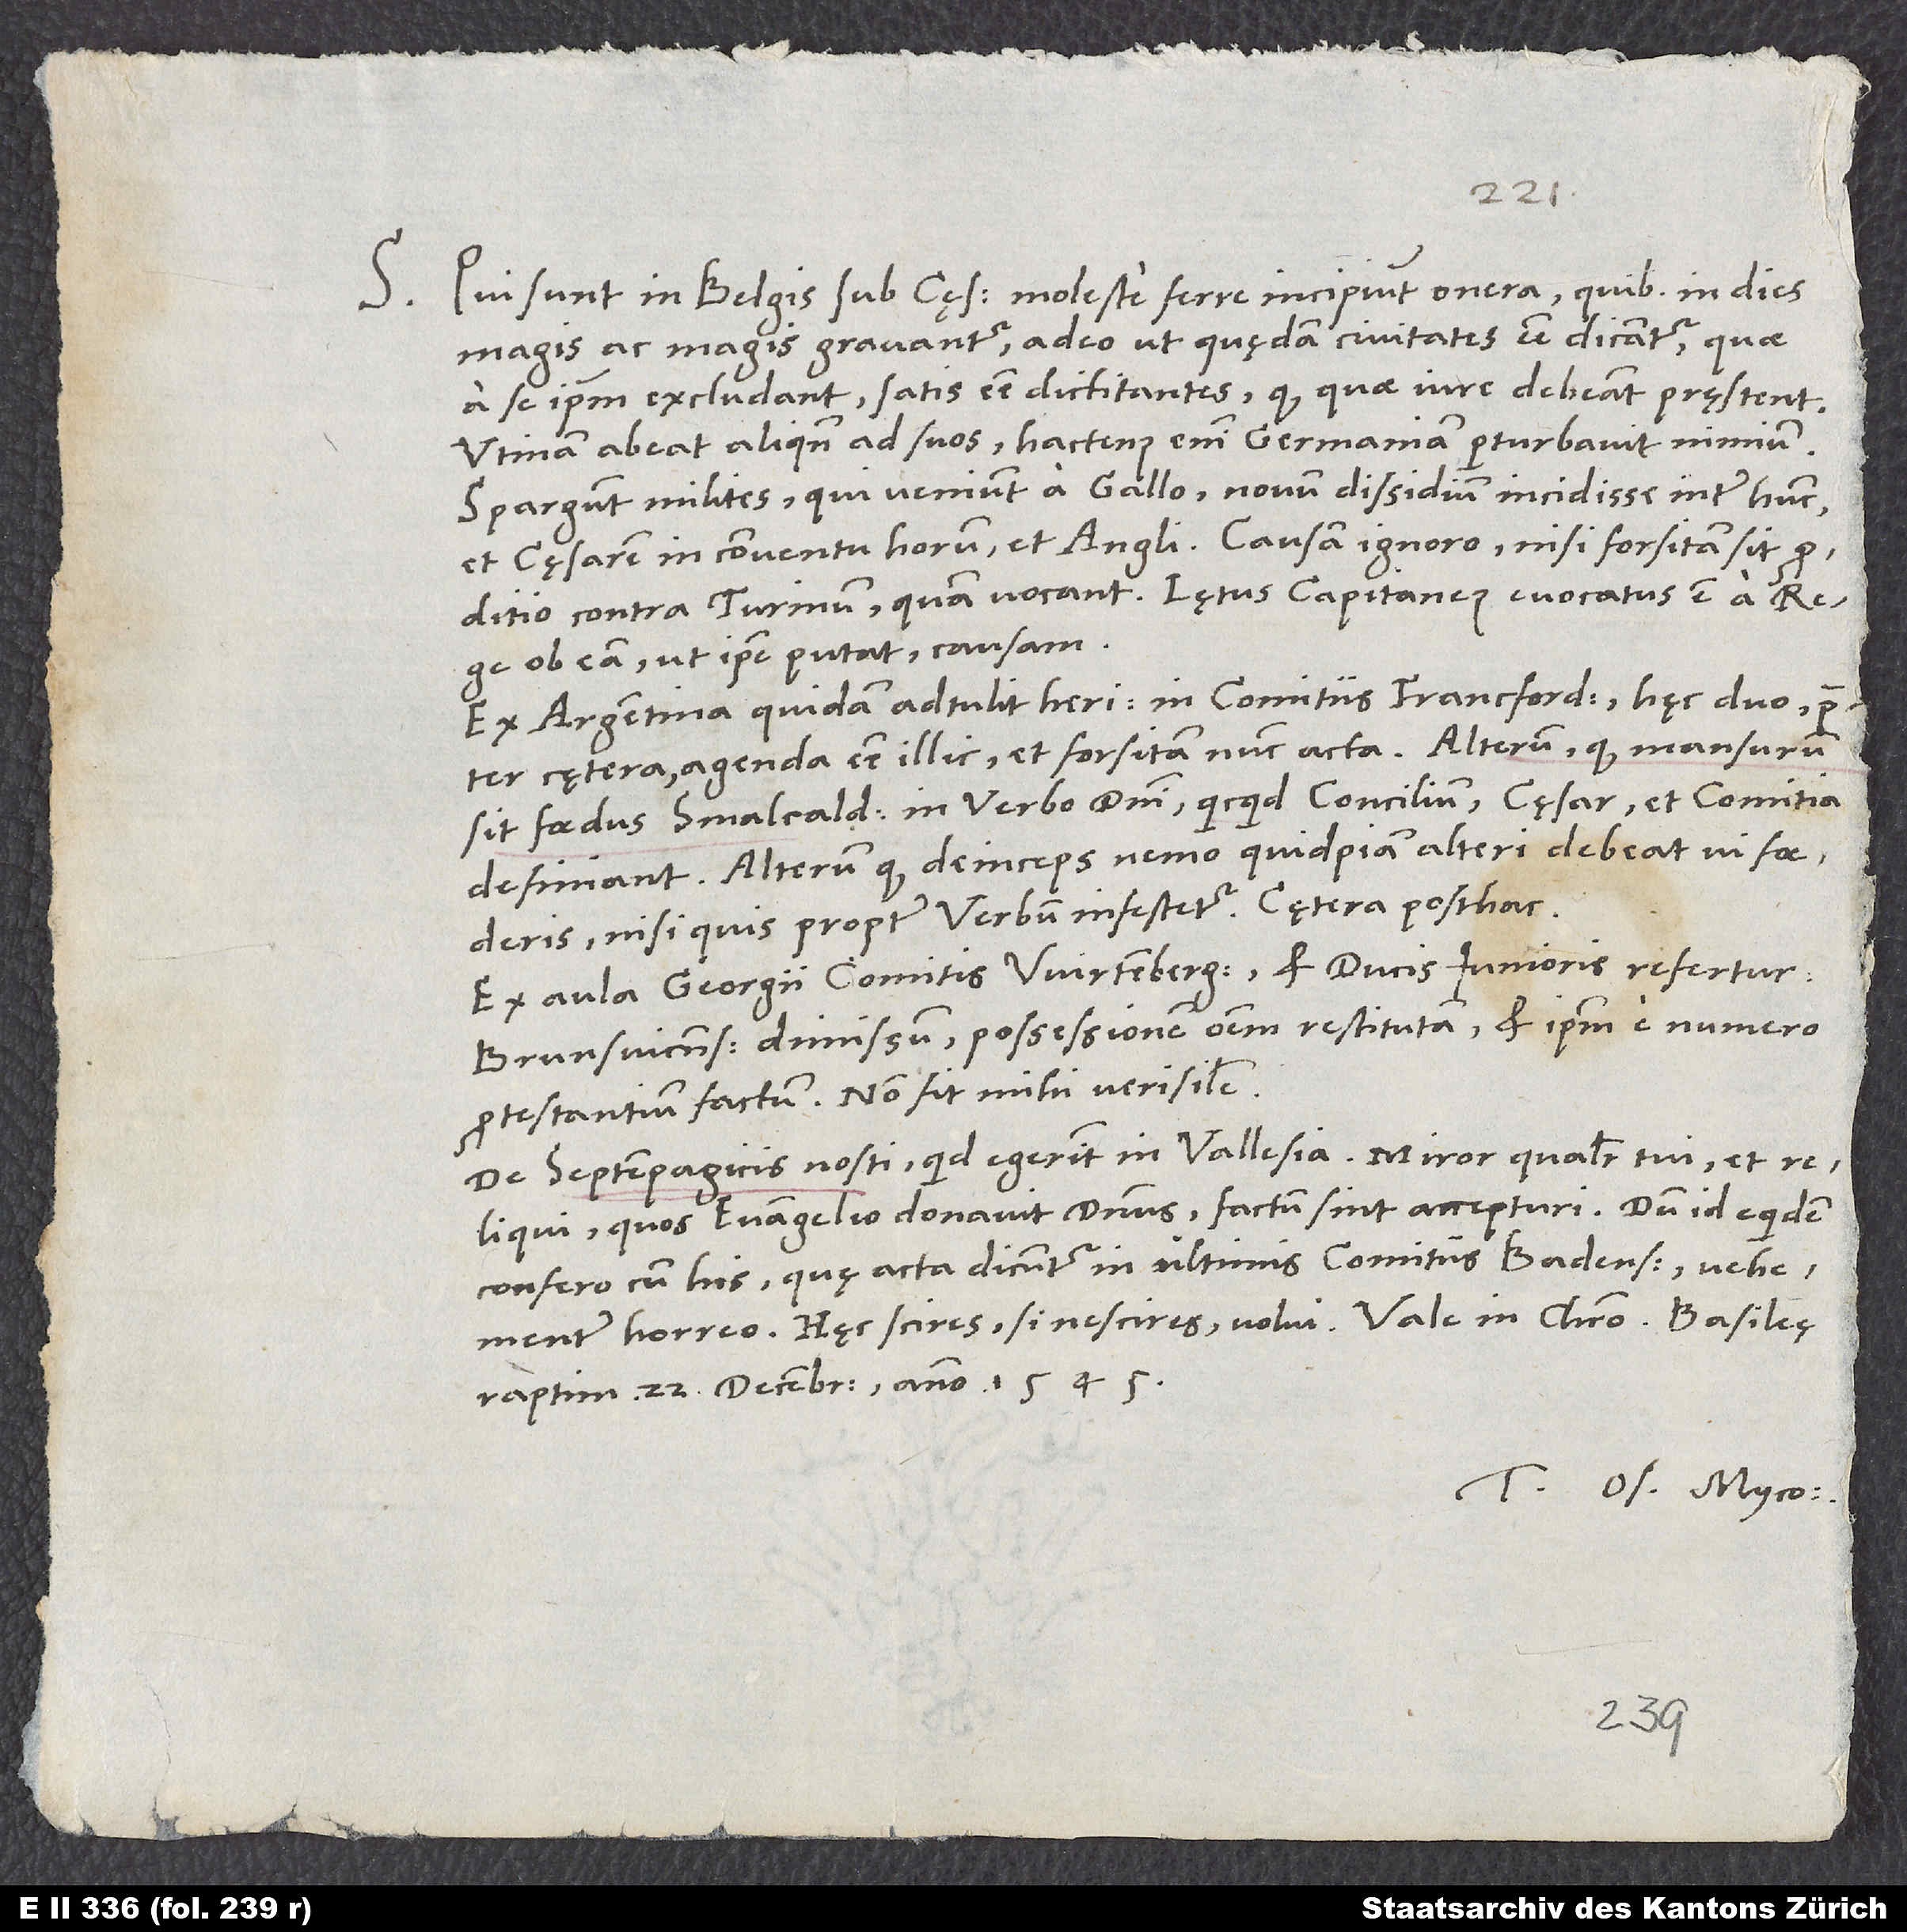
S. Qui sunt in Belgis sub cęsare, moleste ferre incipiunt onera, quibus in dies
magis ac magis gravantur, adeo ut quędam civitates esse dicantur, quae
a se ipsum excludant satis esse dictitantes, quod, quae iure debeant, pręstent.
Utinam abeat aliquando ad suos! Hactenus enim Germaniam perturbavit nimium.
Spargunt milites, qui veniunt a Gallo, novum dissidium incidisse inter hunc
et cęsarem in conventu horum et Angli. Causam ignoro, nisi forsitan sit
proditio contra Turinum, quam vocant. Lętus capitaneus evocatus est a rege
ob eam, ut ipse putat, causam.
Ex Argentina quidam adtulit heri in comitiis Francfordiensibus hęc duo praeter
cętera agenda esse illic, et forsitan nunc acta: Alterum, quod mansurum
sit foedus Smalcaldicum in verbo domini, quicquid concilium, cęsar et comitia
definiant; alterum, quod deinceps nemo quidpiam alteri debeat vi foederis,
nisi quis propter verbum infestetur. Cętera posthac.
Ex aula Georgii, comitis Wirtembergensis, et ducis iunioris, refertur
Brunsvicensem dimissum, possessionem omnem restitutam et ipsum e numero
protestantium factum. Non fit mihi verisimile.
De Septempagicis nosti, quid egerint in Vallesia. Miror, qualiter tui et
reliqui, quos evangelio donavit dominus, factum sint accepturi. Dum id equidem
confero cum his, quę acta dicuntur in ultimis comitiis Badensibus, vehementer
raptim, 22. decembris anno 1545.
Tuus Os. Myco.